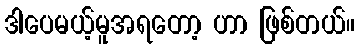
ဒါပေမယ့်မူအရတော့ ဟာ ဖြစ်တယ်။